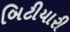
બિટીયારી